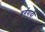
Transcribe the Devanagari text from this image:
वर्गवादी